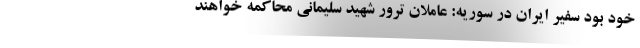
خود بود سفیر ایران در سوریه: عاملان ترور شهید سلیمانی محاکمه خواهند